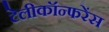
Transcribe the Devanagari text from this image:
टेलीकॉन्फरेंस